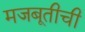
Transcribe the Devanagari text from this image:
मजबूतीची